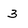
Character: 3